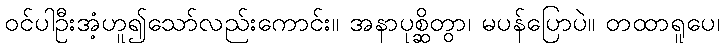
ဝင်ပါဦးအံ့ဟူ၍သော်လည်းကောင်း။ အနာပုစ္ဆိတွာ၊ မပန်ပြောပဲ။ တထာရူပေ၊